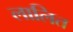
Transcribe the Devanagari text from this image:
लालित